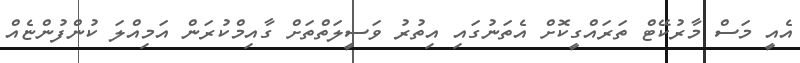
އެއީ މަސް މާރުކޭޓް ތަރައްގީކޮށް އެތަނުގައި އިތުރު ވަސީލަތްތަށް ގާއިމްކުރަން އަމިއްލަ ކުންފުންޏެއް